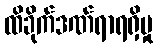
ထိခိုက်ဒဏ်ရာရရှိမှု